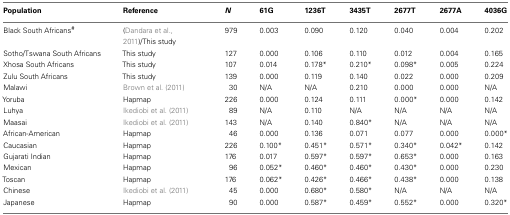
<table><thead><tr><td><b>Population</b></td><td><b>Reference</b></td><td><b><i>N</i></b></td><td><b>61G</b></td><td><b>1236T</b></td><td><b>3435T</b></td><td><b>2677T</b></td><td><b>2677A</b></td><td><b>4036G</b></td></tr></thead><tbody><tr><td>Black South Africans<sup>#</sup></td><td>(Dandara et al., 2011)/This study</td><td>979</td><td>0.003</td><td>0.090</td><td>0.120</td><td>0.040</td><td>0.004</td><td>0.202</td></tr><tr><td>Sotho/Tswana South Africans</td><td>This study</td><td>127</td><td>0.000</td><td>0.106</td><td>0.110</td><td>0.012</td><td>0.004</td><td>0.165</td></tr><tr><td>Xhosa South Africans</td><td>This study</td><td>107</td><td>0.014</td><td>0.178*</td><td>0.210*</td><td>0.098*</td><td>0.005</td><td>0.224</td></tr><tr><td>Zulu South Africans</td><td>This study</td><td>139</td><td>0.000</td><td>0.119</td><td>0.140</td><td>0.022</td><td>0.000</td><td>0.209</td></tr><tr><td>Malawi</td><td>Brown et al. (2011)</td><td>30</td><td>N/A</td><td>N/A</td><td>0.210</td><td>0.000</td><td>0.000</td><td>N/A</td></tr><tr><td>Yoruba</td><td>Hapmap</td><td>226</td><td>0.000</td><td>0.124</td><td>0.111</td><td>0.000*</td><td>0.000</td><td>0.142</td></tr><tr><td>Luhya</td><td>Ikediobi et al. (2011)</td><td>89</td><td>N/A</td><td>0.110</td><td>N/A</td><td>N/A</td><td>N/A</td><td>N/A</td></tr><tr><td>Maasai</td><td>Ikediobi et al. (2011)</td><td>143</td><td>N/A</td><td>0.140</td><td>0.840*</td><td>N/A</td><td>N/A</td><td>N/A</td></tr><tr><td>African-American</td><td>Hapmap</td><td>46</td><td>0.000</td><td>0.136</td><td>0.071</td><td>0.077</td><td>0.000</td><td>0.000*</td></tr><tr><td>Caucasian</td><td>Hapmap</td><td>226</td><td>0.100*</td><td>0.451*</td><td>0.571*</td><td>0.340*</td><td>0.042*</td><td>0.142</td></tr><tr><td>Gujarati Indian</td><td>Hapmap</td><td>176</td><td>0.017</td><td>0.597*</td><td>0.597*</td><td>0.653*</td><td>0.000</td><td>0.163</td></tr><tr><td>Mexican</td><td>Hapmap</td><td>96</td><td>0.052*</td><td>0.460*</td><td>0.460*</td><td>0.430*</td><td>0.000</td><td>0.230</td></tr><tr><td>Toscan</td><td>Hapmap</td><td>176</td><td>0.062*</td><td>0.426*</td><td>0.466*</td><td>0.438*</td><td>0.000</td><td>0.138</td></tr><tr><td>Chinese</td><td>Ikediobi et al. (2011)</td><td>45</td><td>0.000</td><td>0.680*</td><td>0.580*</td><td>N/A</td><td>N/A</td><td>N/A</td></tr><tr><td>Japanese</td><td>Hapmap</td><td>90</td><td>0.000</td><td>0.587*</td><td>0.459*</td><td>0.552*</td><td>0.000</td><td>0.320*</td></tr></tbody></table>